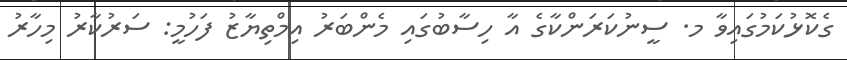
ގެކޮޅުކަމުގައިވާ މ. ސީނުކަރަންކާގެ އާ ހިސާބުގައި މެންބަރު އިމްތިޔާޒު ފަހުމީ: ސަރުކާރު މިހާރު